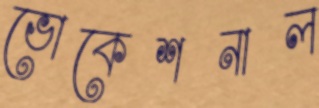
ভোকেশনাল